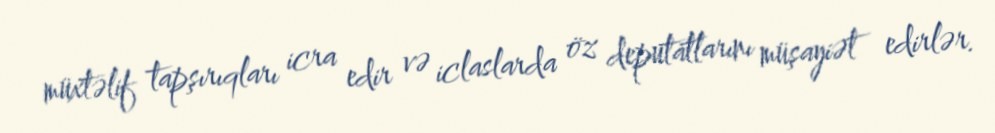
müxtəlif tapşırıqları icra edir və iclaslarda öz deputatlarını müşayiət edirlər.